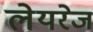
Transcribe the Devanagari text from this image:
लेयरेज